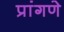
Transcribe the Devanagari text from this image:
प्रांगणे